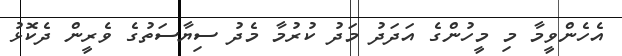
އެހެންވީމާ މި މީހުންގެ އަދަދު މަދު ކުރުމާ މެދު ސިޔާސަތުގެ ވެރީން ދެކޮޅު